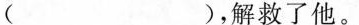
( )，解救了他。